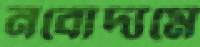
নবোদ্যমে